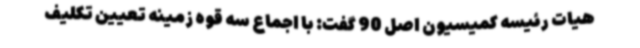
هیات رئیسه کمیسیون اصل 90 گفت: با اجماع سه قوه زمینه تعیین تکلیف